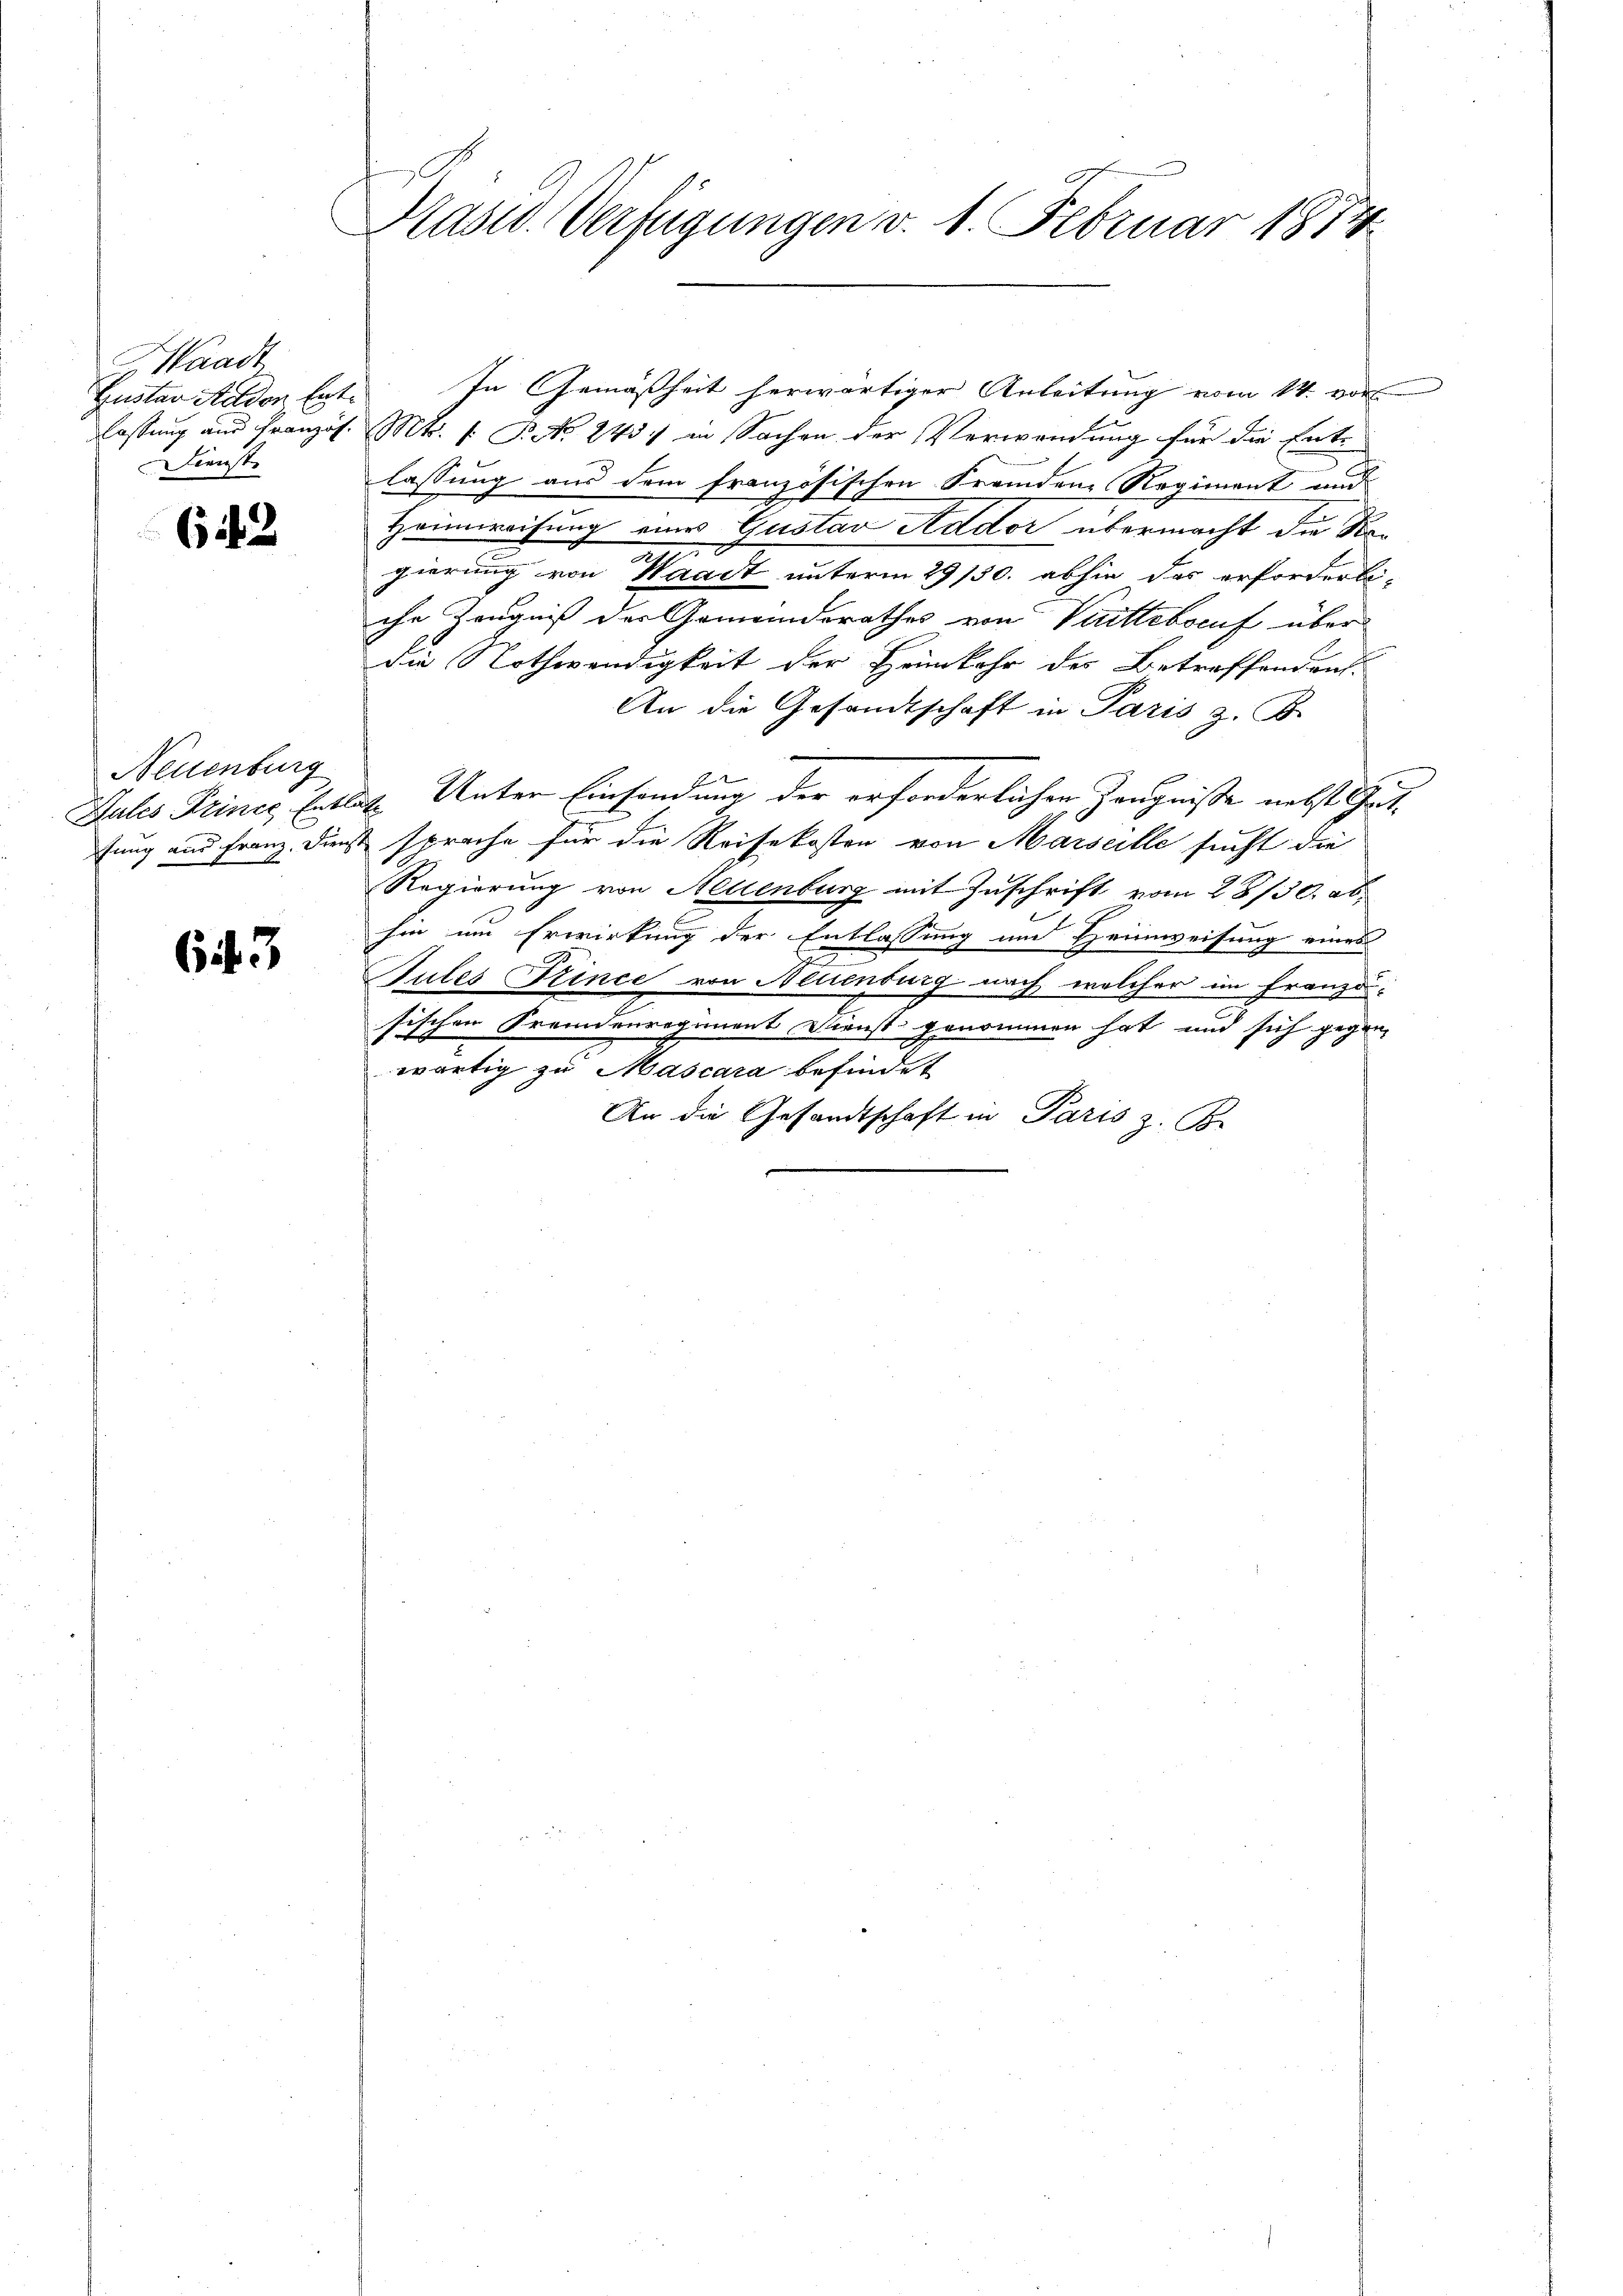
Waadt
Huster Aador Entlassung aus Franzig
Dienst

642

Neuenburg
Gules Prince, Entla
fung aus Franz. Dienst

64. 3

Präsid. Verfügungen v. 1. Februar 1874.

In Gemäßheit herwärtiger Anleitung vom 14. vor
Mt. f. P. No. 243 in Sachen der Verwendung für die Ent-
lassung aus dem französischen Fremdene Regiment und
Hennweisung eines Gustav Addor übermacht die Ko¬
2
gierung von Waadt unterm 29/50. abhin das erforderli-
che Zeugniß der Gemeindsrathes von Vuittebaruf über
die Nothwendigkeit der Heimkehr des Betreffendent
An die Gesandtschaft in Paris z. B.
Unter Einsendung der erforderlichen Zeugnisse nebst Gut¬
E
sprache für die Reisekosten von Marseille sucht die
Regierung von Neuenburg mit Zuschrift vom 28/30. ab.
hie um Erwirkung der Entlassung und Heimweisung eines
Jules Prince von Neuenburg nach welcher im Franzö-
schen Fremdenregiment Dienst genommen hat und sich gegen-
se
wärtig zu Mascara befindet
An die Gesandtschaft in Paris z. B.